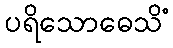
ပရိသောဓေသိံ